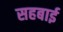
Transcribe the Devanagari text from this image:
सहबाई